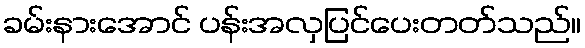
ခမ်းနားအောင် ပန်းအလှပြင်ပေးတတ်သည်။